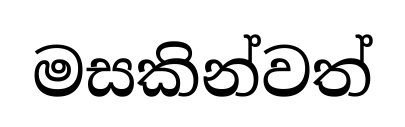
මසකින්වත්